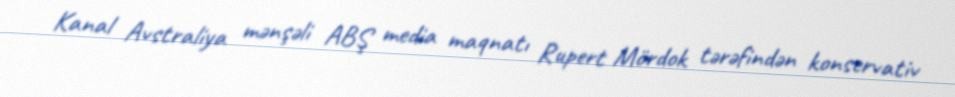
Kanal Avstraliya mənşəli ABŞ media maqnatı Rupert Mördok tərəfindən konservativ